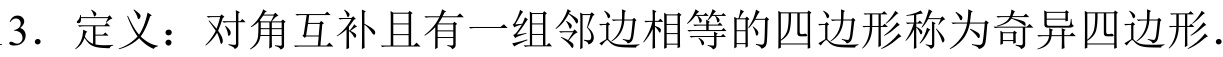
3. 定义：对角互补且有一组邻边相等的四边形称为奇异四边形.